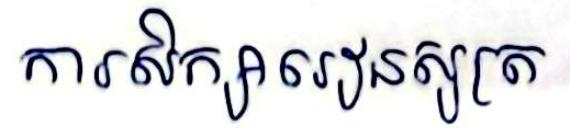
ការសិក្សារៀនសូត្រ